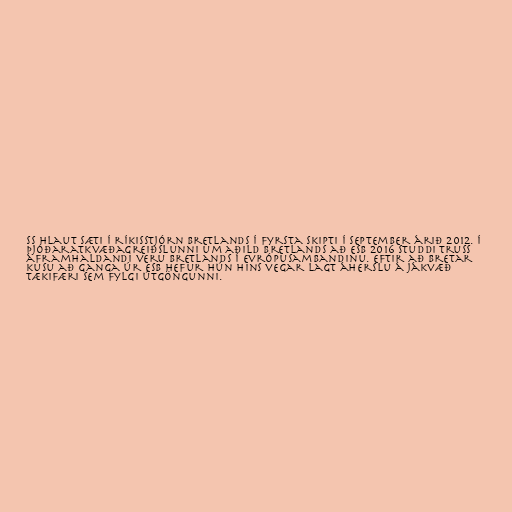
ss hlaut sæti í ríkisstjórn Bretlands í fyrsta skipti í september árið 2012. Í
þjóðaratkvæðagreiðslunni um aðild Bretlands að ESB 2016 studdi Truss
áframhaldandi veru Bretlands í Evrópusambandinu. Eftir að Bretar
kusu að ganga úr ESB hefur hún hins vegar lagt áherslu á jákvæð
tækifæri sem fylgi útgöngunni.